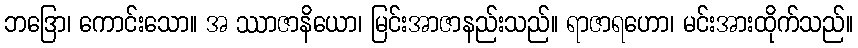
ဘဒြော၊ ကောင်းသော။ အ ဿာဇာနိယော၊ မြင်းအာဇာနည်းသည်။ ရာဇာရဟော၊ မင်းအားထိုက်သည်။